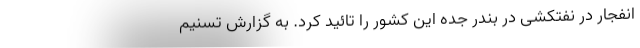
انفجار در نفتکشی در بندر جده این کشور را تائید کرد. به گزارش تسنیم